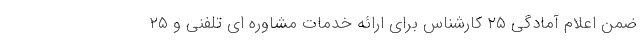
ضمن اعلام آمادگی ۲۵ کارشناس برای ارائه خدمات مشاوره ای تلفنی و ۲۵